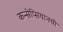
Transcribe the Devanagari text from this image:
कन्सेप्सियानची